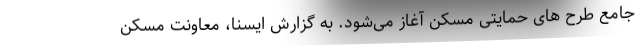
جامع طرح های حمایتی مسکن آغاز می‌شود. به گزارش ایسنا، معاونت مسکن